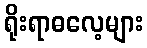
ရိုးရာဓလေ့များ